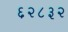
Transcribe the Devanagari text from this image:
६२८३२